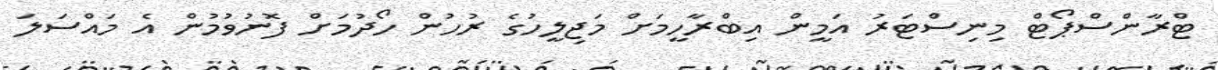
ޓްރާންސްޕޯޓް މިނިސްޓަރު އަމީން އިބްރާހީމަށް މަޖިލީހުގެ ރުހުން ހޯދުމަށް ފޮނުވުމުން އެ މައްސަލަ